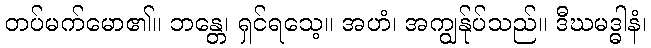
တပ်မက်မော၏။ ဘန္တေ၊ ရှင်ရသေ့။ အဟံ၊ အကျွန်ုပ်သည်။ ဒီဃမဒ္ဓါနံ၊